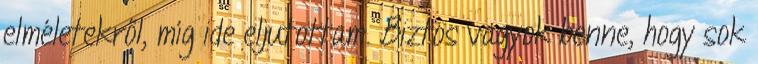
elméletekről, míg ide eljutottam. Biztos vagyok benne, hogy sok